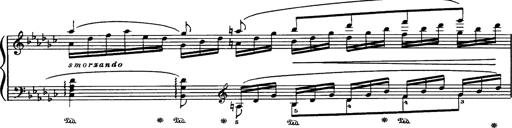
Title: Danza sacra e duetto finale dâ€™Aida
Composer: Franz Liszt